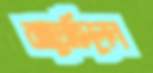
ঝাম্‌রেছিলেন